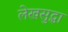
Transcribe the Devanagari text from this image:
लेखसुद्धा